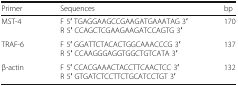
| Primer | Sequences | bp |
 | --- | --- | --- |
 | MST-4 | F 5′ TGAGGAAGCCGAAGATGAAATAG 3′R 5′ CCAGCTCGAAGAAGATCCAGTG 3′ | 170 |
 | TRAF-6 | F 5′ GGATTCTACACTGGCAAACCCG 3′R 5′ CCAAGGGAGGTGGCTGTCATA 3′ | 137 |
 | β-actin | F 5′ CCACGAAACTACCTTCAACTCC 3′R 5′ GTGATCTCCTTCTGCATCCTGT 3′ | 132 |